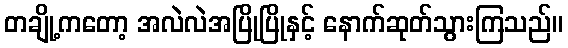
တချို့ကတော့ အလဲလဲအပြိုပြိုနှင့် နောက်ဆုတ်သွားကြသည်။